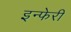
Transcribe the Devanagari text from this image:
इन्फेरी